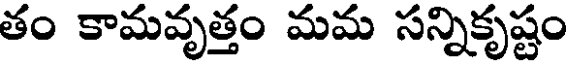
తం కామవృత్తం మమ సన్నికృష్టం